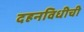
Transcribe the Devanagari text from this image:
दहनविधीची